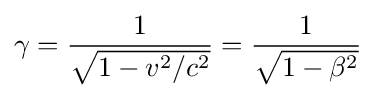
\gamma ={\frac {1}{\sqrt {1-v^{2}/c^{2}}}}={\frac {1}{\sqrt {1-\beta ^{2}}}}